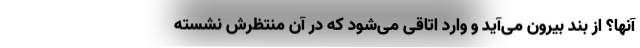
آنها؟ از بند بیرون می‌آید و وارد اتاقی می‌شود که در آن منتظرش نشسته